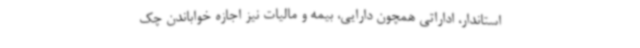
استاندار، اداراتی همچون دارایی، بیمه و مالیات نیز اجازه خواباندن چک